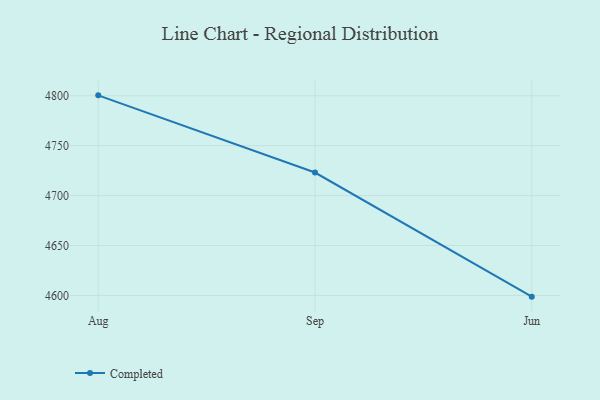
{"axis": {"x": "Month", "y": "LTV (USD)"}, "legend": ["Completed"], "data": [{"x": "Aug", "y": 4800.4, "type": "Completed"}, {"x": "Sep", "y": 4723.1, "type": "Completed"}, {"x": "Jun", "y": 4598.8, "type": "Completed"}]}